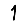
Digit: 1